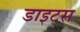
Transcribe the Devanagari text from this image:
डाइटस